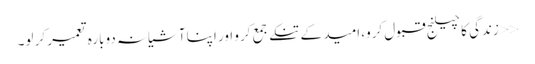
<<زندگی کا چیلنج قبول کرو، امید کے تنکے جمع کرو اور اپنا آشیانہ دوبارہ تعمیر کر لو۔